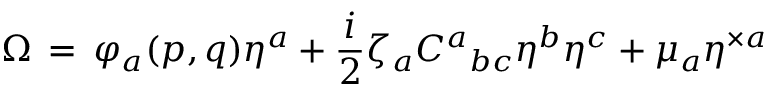
\Omega \, = \, \varphi _ { a } ( p , q ) \eta ^ { a } + \frac { i } { 2 } \zeta _ { a } C ^ { a } { } _ { b c } \eta ^ { b } \eta ^ { c } + \mu _ { a } \eta ^ { \times a }